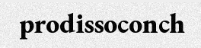
prodissoconch